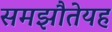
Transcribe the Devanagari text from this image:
समझौतेयह